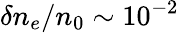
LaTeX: \delta n_{e}/n_{0}\sim 10^{-2}